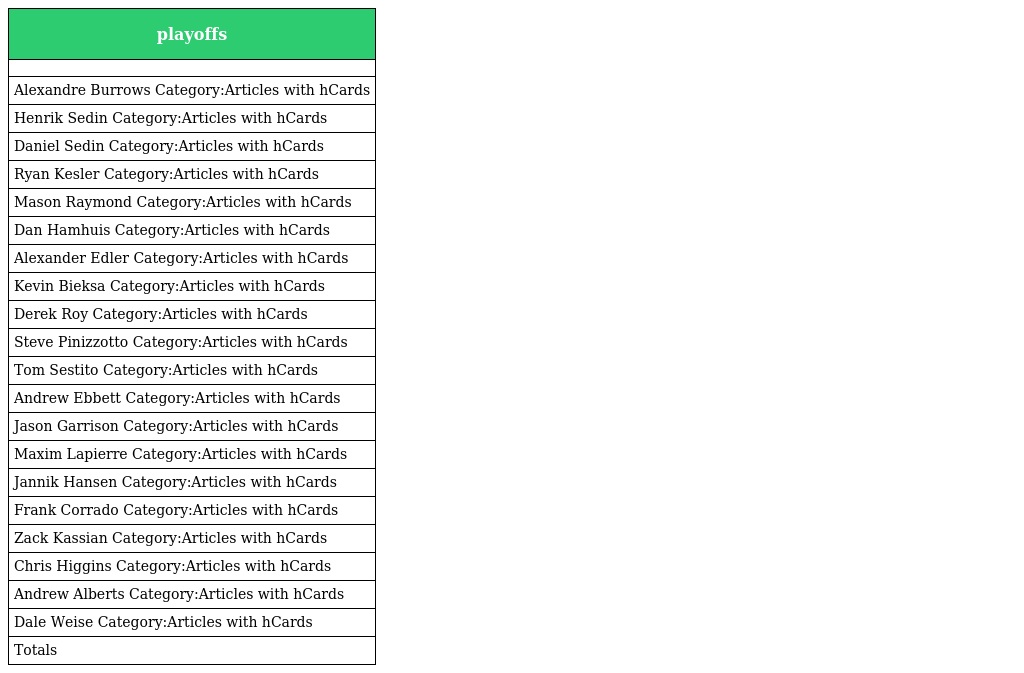
| playoffs |
 | --- |
 |  |
 | Alexandre Burrows Category:Articles with hCards |
 | Henrik Sedin Category:Articles with hCards |
 | Daniel Sedin Category:Articles with hCards |
 | Ryan Kesler Category:Articles with hCards |
 | Mason Raymond Category:Articles with hCards |
 | Dan Hamhuis Category:Articles with hCards |
 | Alexander Edler Category:Articles with hCards |
 | Kevin Bieksa Category:Articles with hCards |
 | Derek Roy Category:Articles with hCards |
 | Steve Pinizzotto Category:Articles with hCards |
 | Tom Sestito Category:Articles with hCards |
 | Andrew Ebbett Category:Articles with hCards |
 | Jason Garrison Category:Articles with hCards |
 | Maxim Lapierre Category:Articles with hCards |
 | Jannik Hansen Category:Articles with hCards |
 | Frank Corrado Category:Articles with hCards |
 | Zack Kassian Category:Articles with hCards |
 | Chris Higgins Category:Articles with hCards |
 | Andrew Alberts Category:Articles with hCards |
 | Dale Weise Category:Articles with hCards |
 | Totals |